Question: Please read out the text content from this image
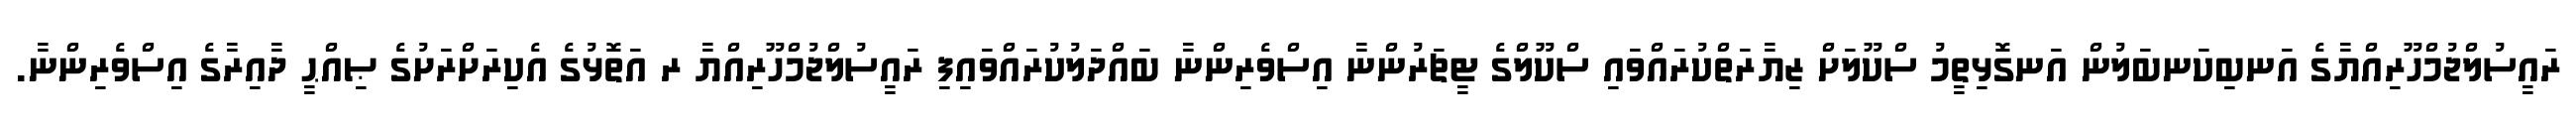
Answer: ރައީސުލްޖުމްހޫރިއްޔާގެ އަނބިކަނބަލުން އަނގޮޅިތީމު ސްކޫލަށް ޒިޔާރަތްކުރައްވައި ސްކޫލްގެ ޓީޗަރުންނާ އިސްވެރިންނާ ބައްދަލުކުރައްވައިފި ރައީސުލްޖުމްހޫރިއްޔާ ރ އަތޮޅުގެ އެކިރަށްރަށުގެ ޞިއްޙީ ދާއިރާގެ އިސްވެރިންނާ.